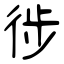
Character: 徏